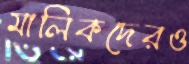
মালিকদেরও